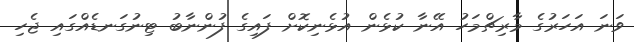
ވަނަ އަހަރުގެ މާރިޗްމަހު އޭނާ ކުޅެން އުޅެނިކޮށް ފައިގެ ފުންނާބު ޓިނުގަނޑެއްގައި ޖެހި